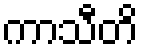
ကာသီတိ